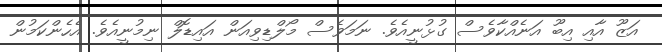
އަޒޫ އާއި އިބޫ އަނެއްކާވެސް ގުޅުނީއެވެ. ނަމަވެސް މޯލްޑިވިއަން އައިޑޮލް ނިމުނީއެވެ. އެހެންކަމުން